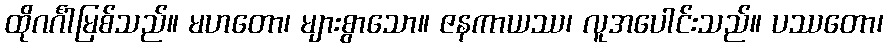
ထိုဂင်္ဂါမြစ်သည်။ မဟတော၊ များစွာသော။ ဇနကာယဿ၊ လူအပေါင်းသည်။ ပဿတော၊